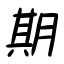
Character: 期